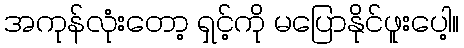
အကုန်လုံးတော့ ရှင့်ကို မပြောနိုင်ဖူးပေါ့။